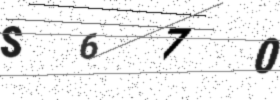
Text: S670